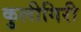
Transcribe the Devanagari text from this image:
कुलीगिरी